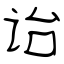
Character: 诒